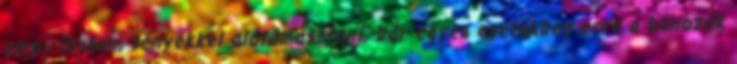
empirikusan, tényekkel alátámasztani, bár egyes esetekben erre a bűnözők